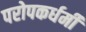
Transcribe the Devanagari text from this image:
परोपकर्धर्मी